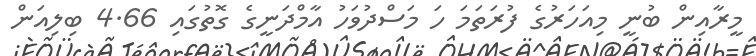
މީރާއިން ބުނީ މިއަހަރުގެ ފުރަތަމަ ހަ މަސްދުވަހު އާމްދަނީގެ ގޮތުގައި 4.66 ބިލިއަން